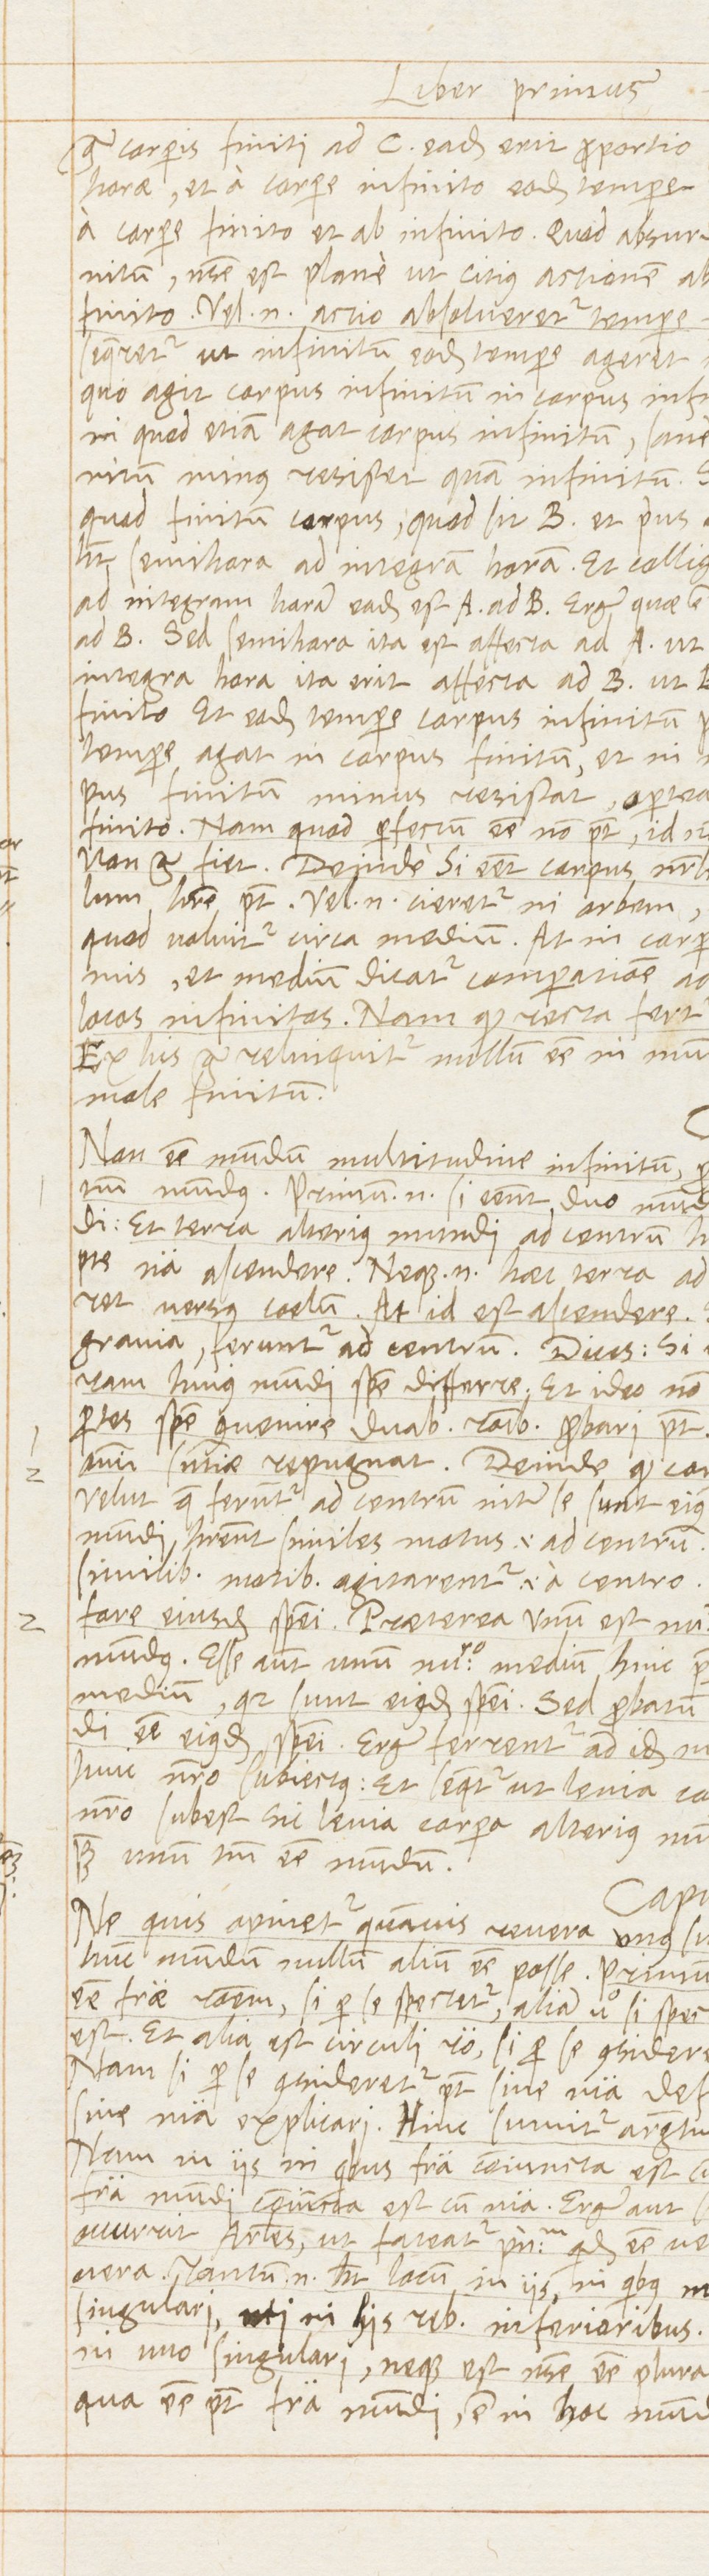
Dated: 1568–1569